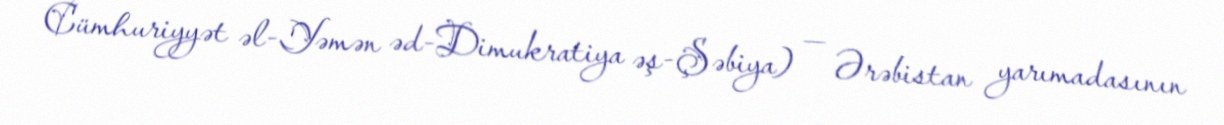
Cümhuriyyət əl-Yəmən əd-Dimukratiya əş-Şəbiya) — Ərəbistan yarımadasının